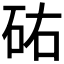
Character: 𥑛